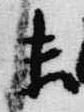
未